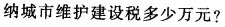
纳城市维护建设税多少万元?